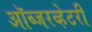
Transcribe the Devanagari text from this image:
ऑब्जरव्हेटरी